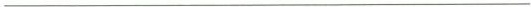
___